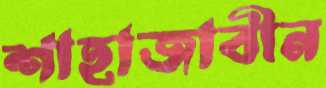
শাহাজাবীন